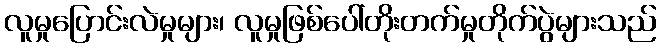
လူမှုပြောင်းလဲမှုများ၊ လူမှုဖြစ်ပေါ်တိုးတက်မှုတိုက်ပွဲများသည်